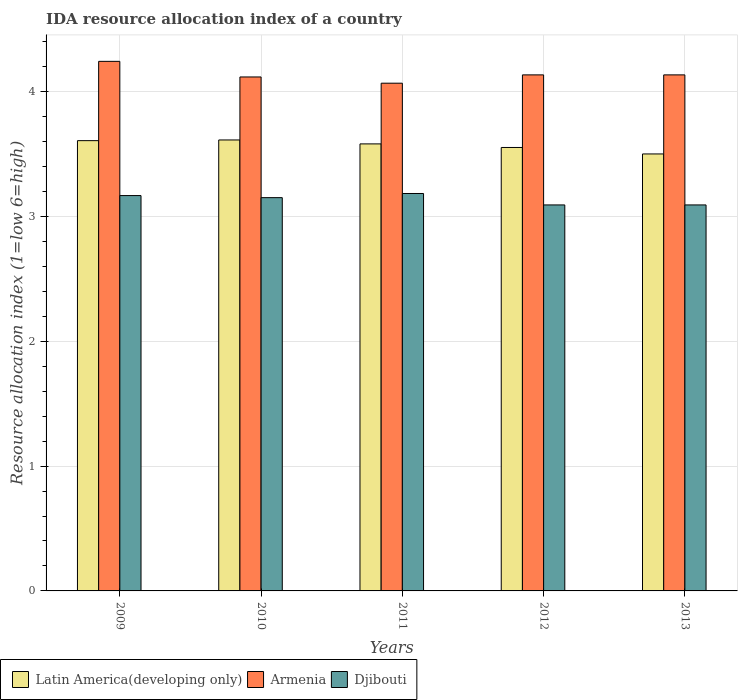
| Years | Latin America(developing only) | Armenia | Djibouti |
 | --- | --- | --- | --- |
 | 2009 | 3.61 | 4.24 | 3.17 |
 | 2010 | 3.61 | 4.12 | 3.15 |
 | 2011 | 3.58 | 4.07 | 3.18 |
 | 2012 | 3.55 | 4.13 | 3.09 |
 | 2013 | 3.5 | 4.13 | 3.09 |